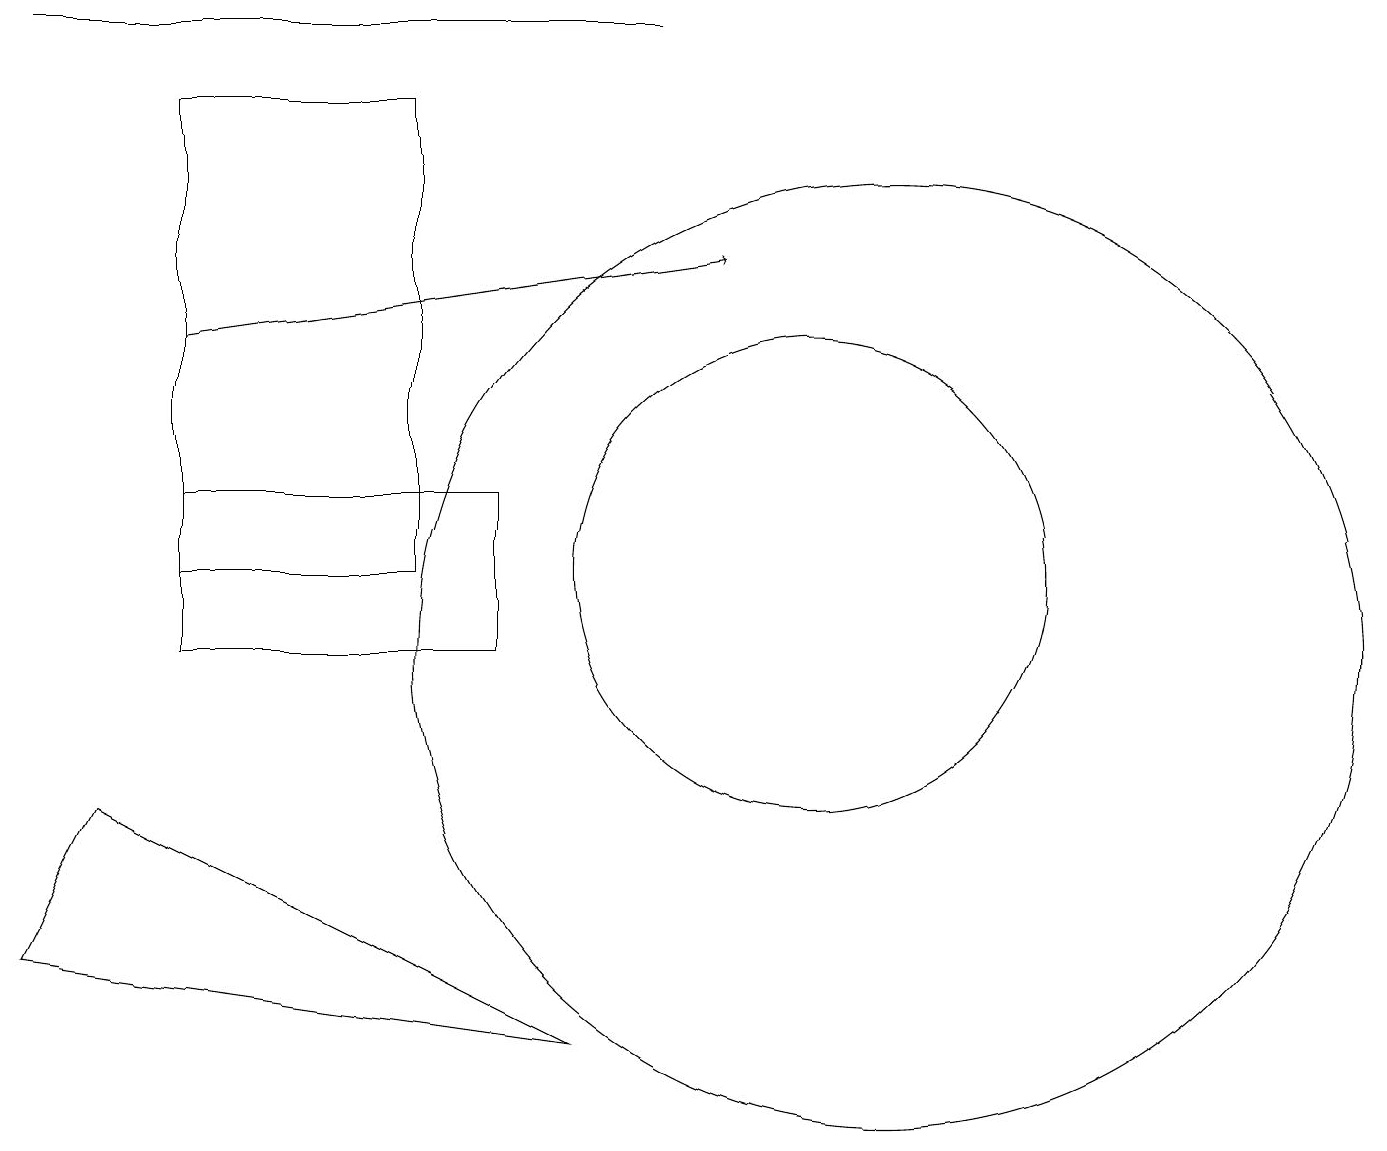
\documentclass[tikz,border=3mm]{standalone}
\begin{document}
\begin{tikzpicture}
\draw (10,11) circle (0);
\draw (10,11) circle (3);
\draw (11,10) circle (6);
\draw (5,11) rectangle (2,17);
\draw[->] (2,14) -- (9,15);
\draw (7,5) -- (0,6) -- (1,8) -- cycle;
\draw (0,18) rectangle (8,18);
\draw (2,10) rectangle (6,12);
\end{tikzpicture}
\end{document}